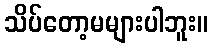
သိပ်တော့မများပါဘူး။